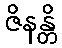
ဇိနန္တိ